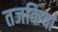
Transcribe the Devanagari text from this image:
तजकिया